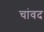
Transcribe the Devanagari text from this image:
चांवद